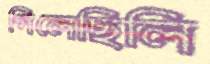
গিলেছিলি